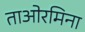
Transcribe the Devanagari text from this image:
ताओरमिना